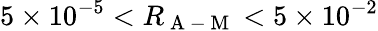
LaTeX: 5\times 10^{-5}<R_{\mathrm{~A~-~M~}}<5\times 10^{-2}